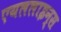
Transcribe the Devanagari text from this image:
एयललाइन्स